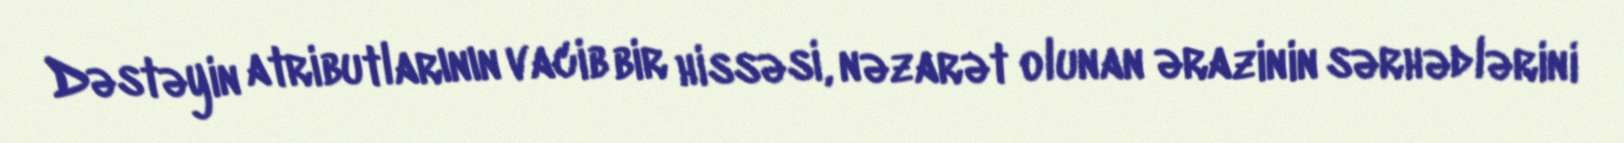
Dəstəyin atributlarının vacib bir hissəsi, nəzarət olunan ərazinin sərhədlərini